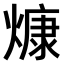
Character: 𤎖